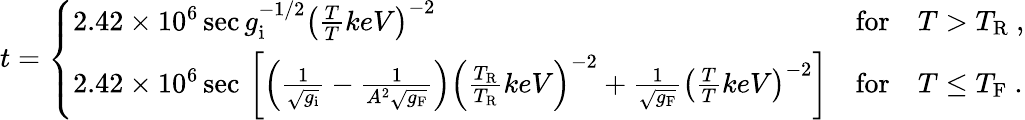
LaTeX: t=\left\{ \begin{array}{lll}{{2.42\times 10^{6}\, \mathrm{sec}\, g_{\mathrm{i}}^{-1/2}\left(\frac{T}{T}{keV}\right)^{-2}}}&{{\mathrm{for}}}&{{T>T_{\mathrm{R}}\ ,}}\\ {{2.42\times 10^{6}\, \mathrm{sec}\, \left[\left(\frac{1}{\sqrt{g_{\mathrm{i}}}}-\frac{1}{A^{2}\sqrt{g_{\mathrm{F}}}}\right)\left(\frac{T_{\mathrm{R}}}{T_{\mathrm{R}}}{keV}\right)^{-2}+\frac{1}{\sqrt{g_{\mathrm{F}}}}\left(\frac{T}{T}{keV}\right)^{-2}\right]}}&{{\mathrm{for}}}&{{T\le T_{\mathrm{F}}\ .}}\end{array}\right.